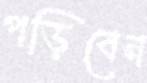
পড়িবেন